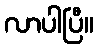
လာပါပြီ။